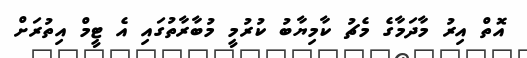
އޮތް އިރު މާދަމާގެ މެޗު ކާމިޔާބު ކުރުމީ މުބާރާތުގައި އެ ޓީމް އިތުރަށް